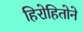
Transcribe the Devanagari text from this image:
हिरोहितोने